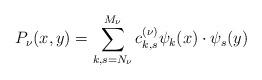
LaTeX: \begin{align*}P_\nu(x,y)= \sum_{k,s=N_\nu}^{M_\nu} c_{k,s}^{(\nu)}\psi_k(x) \cdot\psi_s(y)\end{align*}